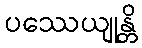
ပဿေယျုန္တိ